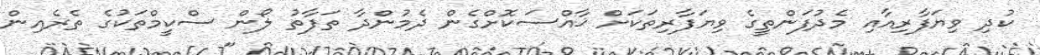
ކުދި ވިޔަފާރިއާއި މެދުފަންތީގެ ވިޔަފާރިތަކަށް ޚާއްސަކޮށްގެން ދެމުންދާ ތަފާތު ލޯން ސްކީމްތަކުގެ ތެރެއިން